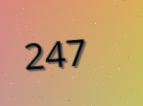
247